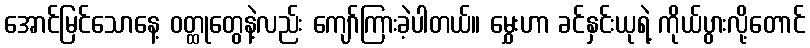
အောင်မြင်သောနေ့ ဝတ္ထုတွေနဲ့လည်း ကျော်ကြားခဲ့ပါတယ်။ မွှေးဟာ ခင်နှင်းယုရဲ့ ကိုယ်ပွားလို့တောင်